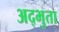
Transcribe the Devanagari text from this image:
अद्भुता